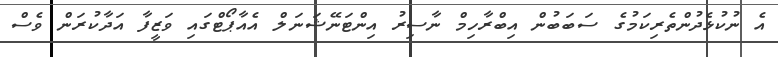
އެ ނުކުޅެދުންތެރިކަމުގެ ސަބަބުން އިބްރާހިމް ނާސިރު އިންޓަނޭޝަނަލް އެއާޕޯޓްގައި ވަޒީފާ އަދާކުރަން ވެސް